Lunatic asylums in Bengal annual reports 1899-1911 - 1899-1911
Year: 1899
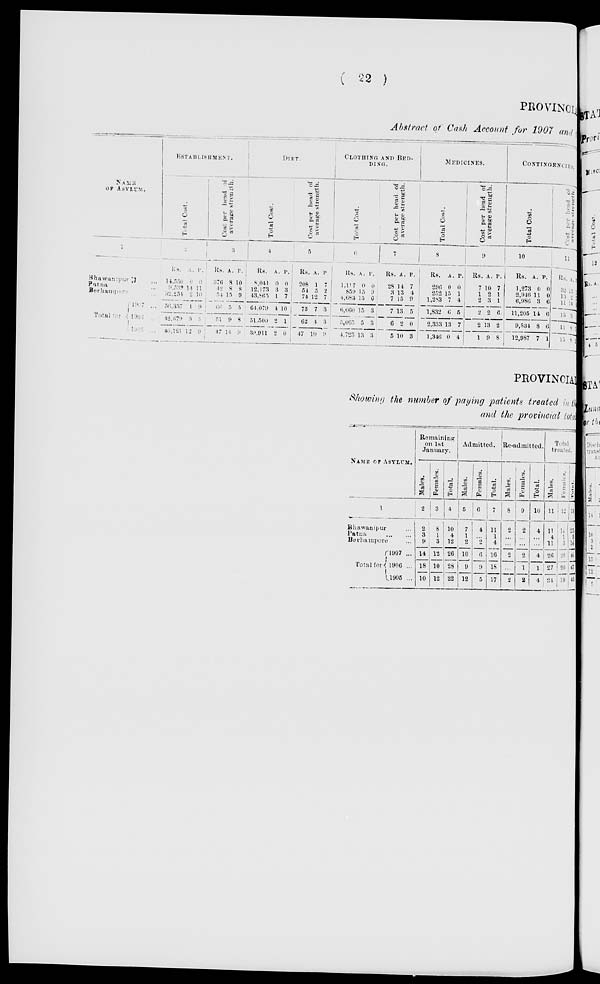
( 22 )
PROVINCE
Abstract of Cash Account for 1907 and the
NAME
OF ASYLUM.
1
Bhawanipur ...
Patna ...
Berhampore ...
Total for
1907 ...
1906 ...
1905 ...
ESTABLISHMENT.
Total Cost.
2
Rs.
14,550
9, 532
32,254
56,337
42,679
40,121
A.
0
14
2
1
3
12
P.
0
11
10
9
5
9
Cost per head of
average strength.
3
Rs.
376
42
54
66
51
47
A.
8
8
15
5
9
14
P.
10
8
9
5
8
9
DIET.
Total Cost.
4
Rs.
8,041
12,173
43,865
64,079
51,500
39,911
A.
0
3
1
4
2
2
P.
0
3
7
10
1
0
Cost per head of
average strength.
5
Rs.
208
54
74
75
62
47
A.
1
5
12
7
4
10
P.
7
2
7
3
3
9
CLOTHING AND BED-
DING.
Total Cost.
6
Rs.
1,11 7
859
4,683
6,660
5,065
4,723
A.
0
15
15
15
5
13
P.
0
9
6
3
3
3
Cost per head of
average strength.
7
Rs.
28
3
7
7
6
5
A.
14
13
15
13
2
10
P.
7
4
9
5
0
3
MEDICINES.
Total Cost.
8
Rs.
296
252
1,283
1,832
2,333
1,346
A.
0
15
7
6
13
0
P.
0
1
4
5
7
4
Cost per head of
average strength.
9
Rs.
7
1
2
2
2
1
A.
10
2
3
2
13
9
P.
7
1
1
6
2
8
CONTINGENCIES.
Total Cost.
10
Rs.
1,273
2,946
6,986
11,205
9,534
12,987
A.
0
11
3
14
8
7
P.
0
0
6
6
6
1
Average strength.
11
Rs.
32
13
11
13
11
15
A.
15
2
14
3
8
8
P.
1
5
6
1
5
2
PROVINCIAL
Showing the number of paying patients treated in the
and the provincial total.
NAME OF ASYLUM.
1
Bhawanipur ...
Patna
...
...
Berhampore ...
Total for
1907 ...
1906 ...
1905 ...
Remaining
on 1st
January.
Males.
2
2
3
9
14
18
10
Females.
3
8
1
3
12
10
12
Total.
4
10
4
12
26
28
22
Admitted.
Males.
5
7
1
2
10
9
12
Females.
6
4
...
2
6
9
5
Total.
7
11
1
4
16
18
17
Re-admitted.
Males.
8
2
...
...
2
...
2
Females.
9
2
...
...
2
1
2
Total.
10
4
...
...
4
1
4
Total
treated.
Males.
11
11
4
11
26
27
24
Females.
12
14
1
5
20
20
19
Total.
13
25
5
16
46
47
43